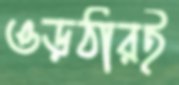
ওড়ঠারই